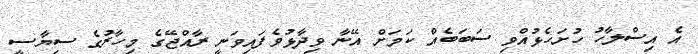
އެ އިސްލާހު ހުށަހެޅުއްވި ސަބަބެއް ކަމަށް އޭނާ ވިދާޅުވެފައިވަނީ ރާއްޖޭގެ މިހާރުގެ ސިޔާސީ